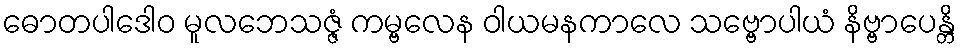
ဓောတပါဒေါဝ မူလဘေသဇ္ဇံ ကမ္ဗလေန ဝါယမနကာလေ သဗ္ဗောပါယံ နိဗ္ဗာပေန္တိ